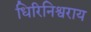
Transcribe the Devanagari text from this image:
धिरिनिश्वराय